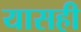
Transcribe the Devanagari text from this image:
यासही